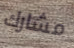
مشارك